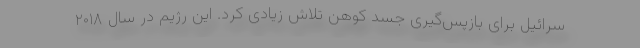
سرائیل برای بازپس‌گیری جسد کوهن تلاش زیادی کرد. این رژیم در سال ۲۰۱۸